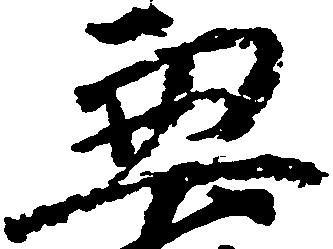
兼